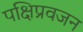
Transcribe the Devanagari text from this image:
पक्षिप्रवजन